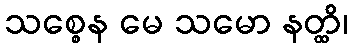
သစ္စေန မေ သမော နတ္ထိ၊